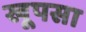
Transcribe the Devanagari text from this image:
खूपसा